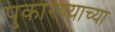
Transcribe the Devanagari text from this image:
पुकारण्याच्या